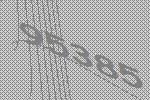
95385